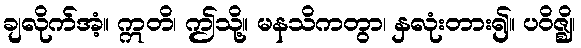
ချလိုက်အံ့။ ဣတိ၊ ဤသို့။ မနသိကတွာ၊ နှလုံးတား၍။ ပဝိဇ္ဈိ၊